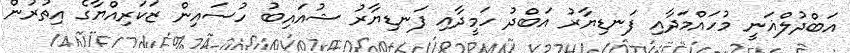
އަބްދުލްޣަނީ މުހައްމަދާއި ފަނޑިޔާރު އަބްދު ހަމީދާއި ފަނޑިޔާރު ޝުއައިބު ހުސައިން ޒަކަރިއްޔާގެ އިތުރުން